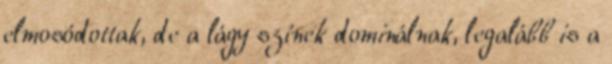
elmosódottak, de a lágy színek dominálnak, legalább is a